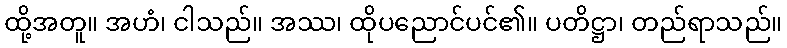
ထို့အတူ။ အဟံ၊ ငါသည်။ အဿ၊ ထိုပညောင်ပင်၏။ ပတိဋ္ဌာ၊ တည်ရာသည်။